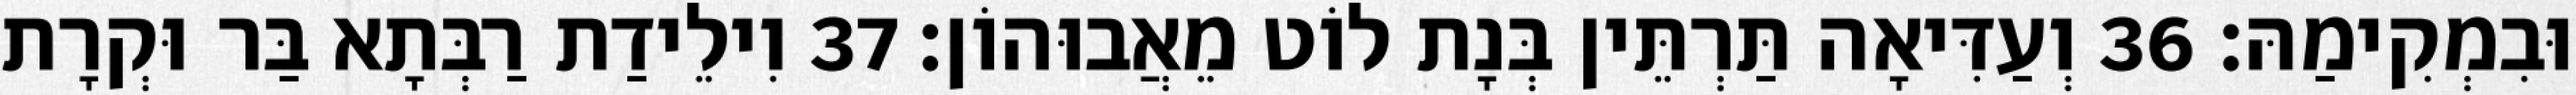
וּבִמְקִימַהּ׃ 36 וְעַדִּיאָה תַּרְתֵּין בְּנָת לוֹט מֵאֲבוּהוֹן׃ 37 וִילֵידַת רַבְּתָא בַּר וּקְרָת